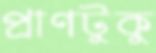
প্রাণটুকু